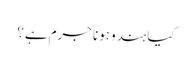
کیا ہندو ہونا جرم ہے؟